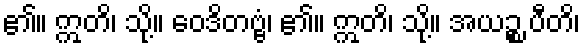
၏။ ဣတိ၊ သို့။ ဝေဒိတဗ္ဗံ၊ ၏။ ဣတိ၊ သို့။ အယဉ္စ ပီတိ၊